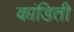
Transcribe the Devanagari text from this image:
कांडिती